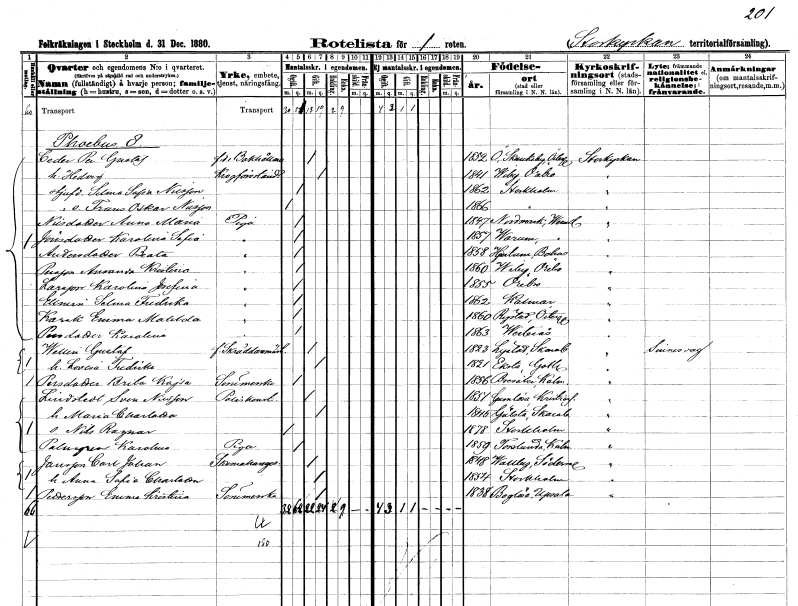
gt_parse: households: individuals: FN: Per Gustaf
EN: Ceder
YRKE: Bokhållare f.d.
KON: M
CIV: G
FODAR: 1852
FODFORS: Östra Skrukeby Östergötlands län
FN: Hedvig
YRKE: Krogförestånderska
KON: K
CIV: G
FODAR: 1841
FODFORS: Viby Örebro län
FN: Selma Sofia
EN: Nilsson
KON: K
CIV: O
FODAR: 1862
FODFORS: Stockholm
FN: Frans Oskar
EN: Nilsson
KON: M
CIV: O
FODAR: 1866
FODFORS: Stockholm
FN: Anna Maria
EN: Nilsdotter
YRKE: Piga
KON: K
CIV: O
FODAR: 1847
FODFORS: Nordmark Värmlands län
FN: Karolina Sofia
EN: Jönsdotter
YRKE: Piga
KON: K
CIV: O
FODAR: 1857
FODFORS: Varnum Värmlands län
FN: Beata
EN: Andersdotter
YRKE: Piga
KON: K
CIV: O
FODAR: 1858
FODFORS: Hjärtum Älvsborgs län
FN: Amanda Kristina
EN: Persson
YRKE: Piga
KON: K
CIV: O
FODAR: 1860
FODFORS: Viby Örebro län
FN: Karolina Josefina
EN: Larsson
YRKE: Piga
KON: K
CIV: O
FODAR: 1855
FODFORS: Örebro Örebro län
FN: Selma Fredrika
EN: Ellmin
YRKE: Piga
KON: K
CIV: O
FODAR: 1862
FODFORS: Kalmar Kalmar län
FN: Emma Matilda
EN: Karak
YRKE: Piga
KON: K
CIV: O
FODAR: 1860
FODFORS: Rystad Östergötlands län
FN: Karolina
EN: Persdotter
YRKE: Piga
KON: K
CIV: O
FODAR: 1863
FODFORS: Västerås Västmanlands län
FN: Gustaf
EN: Wallin
YRKE: Skräddarmästare f.
KON: M
CIV: G
FODAR: 1823
FODFORS: Lyrestad Skaraborgs län
FN: Lovisa Fredrika
KON: K
CIV: G
FODAR: 1821
FODFORS: Eksta Gotlands län
FN: Brita Kajsa
EN: Persdotter
YRKE: Sömmerska
KON: K
CIV: O
FODAR: 1856
FODFORS: Bredsätra Kalmar län
FN: Sven
EN: Lindstedt Nilsson
YRKE: Poliskonstapel
KON: M
CIV: G
FODAR: 1851
FODFORS: Gumlösa Kristianstads län
FN: Maria Charlotta
KON: K
CIV: G
FODAR: 1845
FODFORS: Gällstad Älvsborgs län
FN: Nils Ragnar
KON: M
CIV: O
FODAR: 1878
FODFORS: Stockholm
FN: Karolina
EN: Palmgren
YRKE: Piga
KON: K
CIV: O
FODAR: 1859
FODFORS: Torslunda Kalmar län
FN: Carl Johan
EN: Jansson
YRKE: Skomakaregesäll
KON: M
CIV: G
FODAR: 1848
FODFORS: Vallby Södermanlands län
FN: Anna Sofia Charlotta
KON: K
CIV: G
FODAR: 1854
FODFORS: Stockholm
FN: Emma Kristina
EN: Pettersson
YRKE: Sömmerska
KON: K
CIV: O
FODAR: 1838
FODFORS: Boglösa Uppsala län